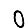
Digit: 0